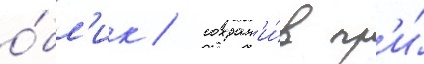
о́бл'ик / сохран'и́в пр'и́